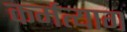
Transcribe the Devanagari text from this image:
कर्मत्याग